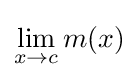
\lim _{x\to c}m(x)